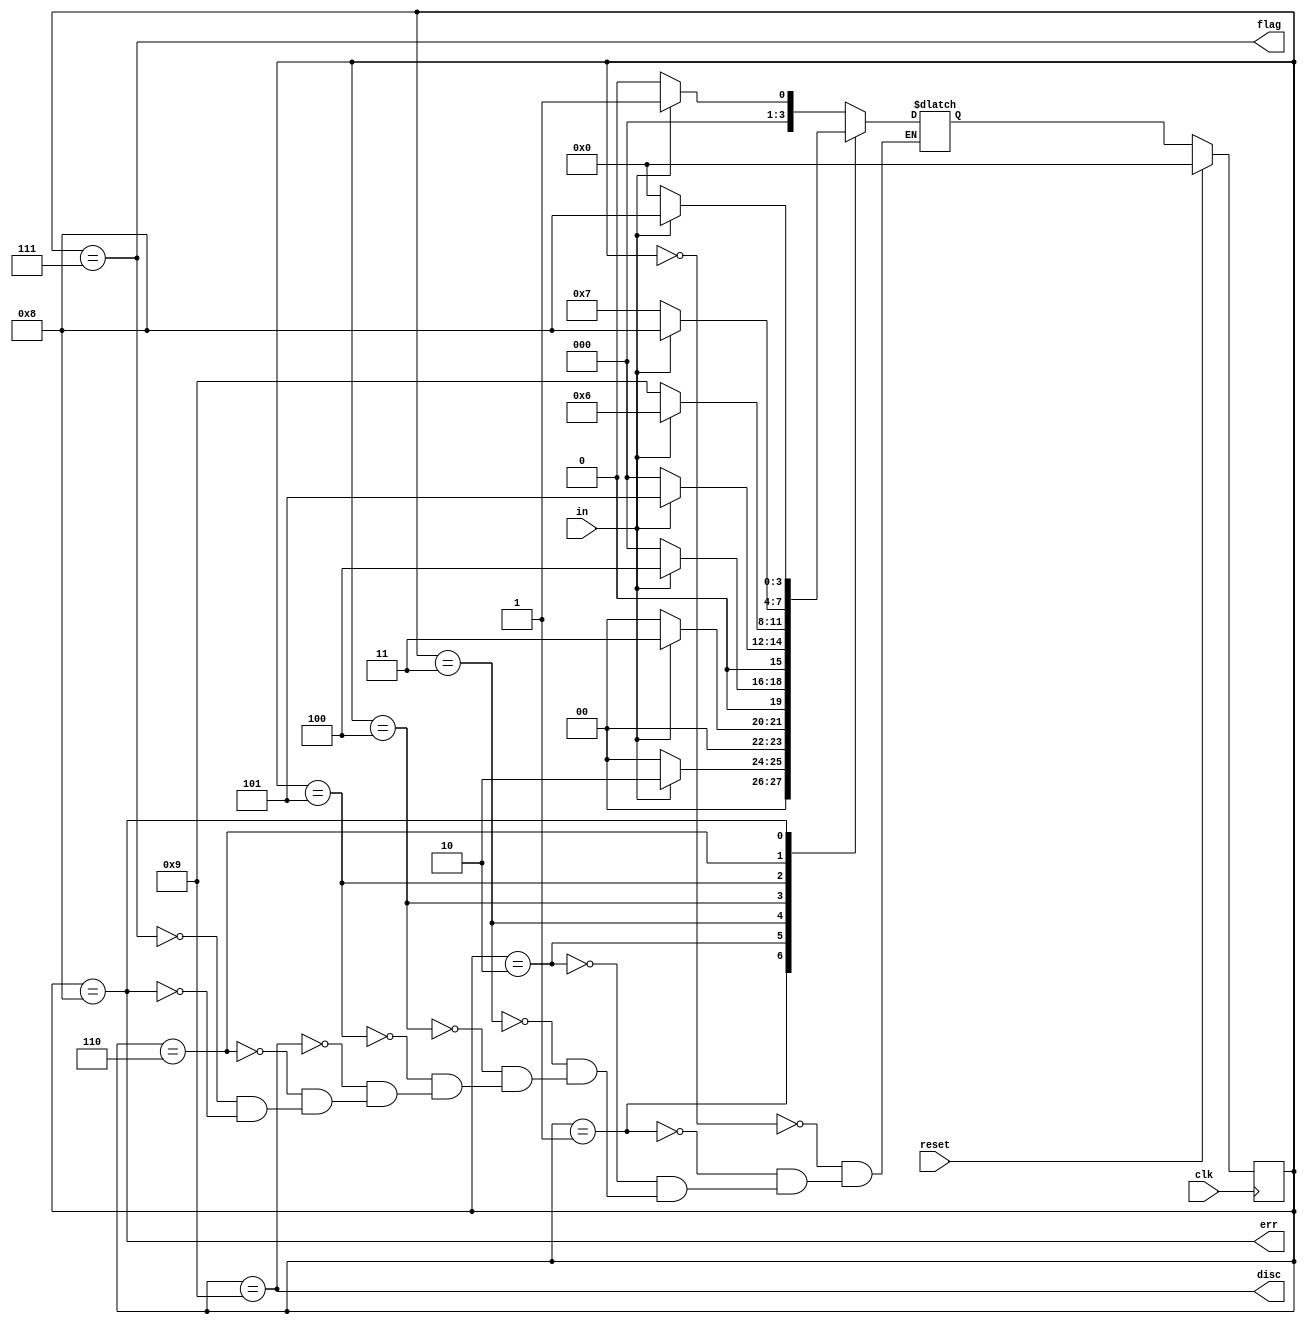
module top_module(
    input clk,
    input reset,    // Synchronous reset
    input in,
    output disc,
    output flag,
    output err);
    
    reg [3:0] state, next_state;
    parameter IDLE=0, B1=1, B2=2, B3=3, B4=4, B5=5, S1=6, FLAG=7, ERR=8, DISC=9;
    
    always@(posedge clk)
        begin
            if(reset) state <= IDLE;
            else state <= next_state;
        end
    
    always@(*)
        begin
            case(state)
                IDLE: next_state = in ? B1 : IDLE;
                B1: next_state = in ? B2 : IDLE;
                B2: next_state = in ? B3 : IDLE;
                B3: next_state = in ? B4 : IDLE;
                B4: next_state = in ? B5 : IDLE;
                B5: next_state = in ? S1 : DISC;
                DISC: next_state = in ? B1 : IDLE;
                S1: next_state = in ? ERR : FLAG;
                FLAG: next_state = in ? B1 : IDLE;
                ERR: next_state = in ? ERR : IDLE;
            endcase
        end
    
    assign disc = (state == DISC);
    assign flag = (state == FLAG);
    assign err = (state == ERR);

endmodule